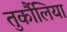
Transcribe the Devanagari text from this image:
तुर्कौलिया